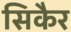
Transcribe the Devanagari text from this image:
सिकैर